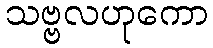
သဗ္ဗလဟုကော